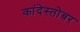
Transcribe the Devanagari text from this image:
कांदेस्तोबर